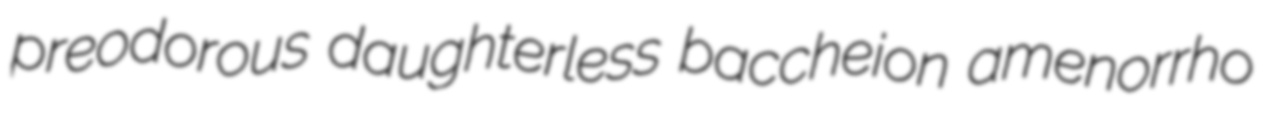
preodorous daughterless baccheion amenorrho